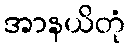
အာနယိတုံ